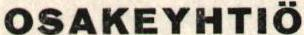
OSAKEYHTIÖ